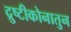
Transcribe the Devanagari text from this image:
द्रुष्टीकोनातुन